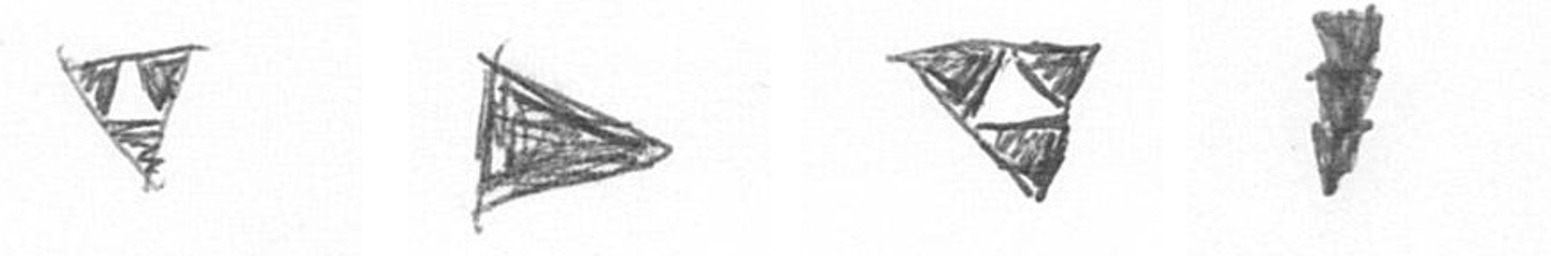
S T S E